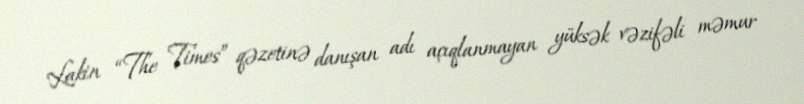
Lakin “The Times” qəzetinə danışan adı açıqlanmayan yüksək vəzifəli məmur